Insane asylums in Bengal annual reports 1867-1875 - 1867-1875
Year: 1867
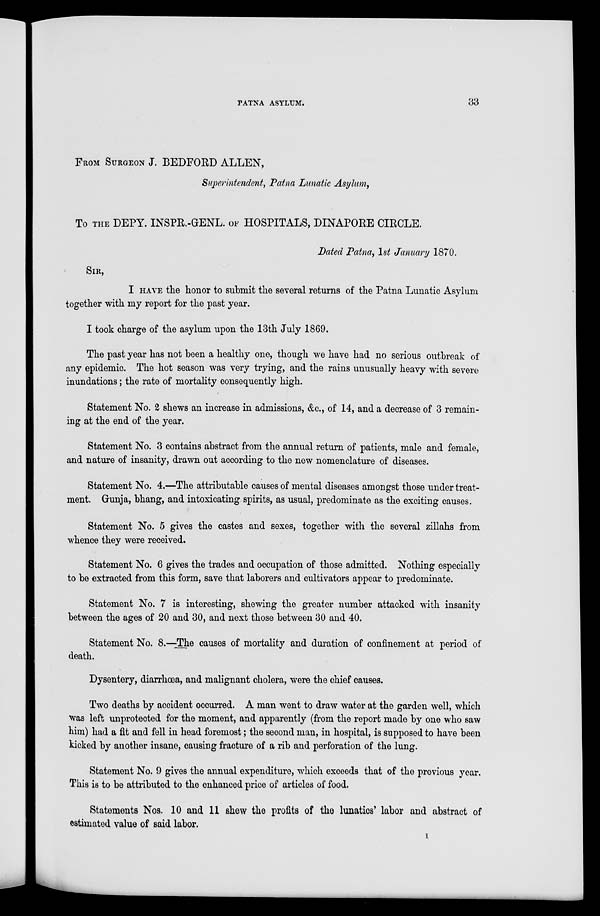
PATNA ASYLUM.
33
FROM SURGEON J. BEDFORD ALLEN,
Superintendent, Patna Lunatic Asylum,
To THE DEPY. INSPR.-GENL. OF HOSPITALS, DINAPORE CIRCLE.
Dated Patna, 1st January 1870.
SIR,
I HAVE the honor to submit the several returns of the Patna Lunatic Asylum
together with my report for the past year.
I took charge of the asylum upon the 13th July 1869.
The past year has not been a healthy one, though we have had no serious outbreak of
any epidemic. The hot season was very trying, and the rains unusually heavy with severe
inundations ; the rate of mortality consequently high.
Statement No. 2 shews an increase in admissions, &c., of 14, and a decrease of 3 remain-
ing at the end of the year.
Statement No. 3 contains abstract from the annual return of patients, male and female,
and nature of insanity, drawn out according to the new nomenclature of diseases.
Statement No. 4.—The attributable causes of mental diseases amongst those under treat-
ment. Gunja, bhang, and intoxicating spirits, as usual, predominate as the exciting causes.
Statement No. 5 gives the castes and sexes, together with the several zillahs from
whence they were received.
Statement No. 6 gives the trades and occupation of those admitted. Nothing especially
to be extracted from this form, save that laborers and cultivators appear to predominate.
Statement No. 7 is interesting, shewing the greater number attacked with insanity
between the ages of 20 and 30, and next those between 30 and 40.
Statement No. 8.—The causes of mortality and duration of confinement at period of
death.
Dysentery, diarrhœa, and malignant cholera, were the chief causes.
Two deaths by accident occurred. A man went to draw water at the garden well, which
was left unprotected for the moment, and apparently (from the report made by one who saw
him) had a fit and fell in head foremost ; the second man, in hospital, is supposed to have been
kicked by another insane, causing fracture of a rib and perforation of the lung.
Statement No. 9 gives the annual expenditure, which exceeds that of the previous year.
This is to be attributed to the enhanced price of articles of food.
Statements Nos. 10 and 11 shew the profits of the lunatics' labor and abstract of
estimated value of said labor.
I